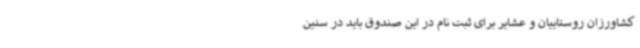
کشاورزان روستاییان و عشایر برای ثبت نام در این صندوق باید در سنین